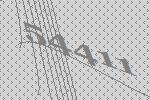
54411